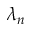
\lambda _ { n }